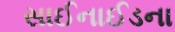
સાઈનાઈડના